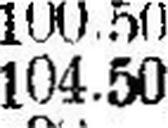
104.50